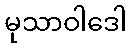
မုသာဝါဒေါ